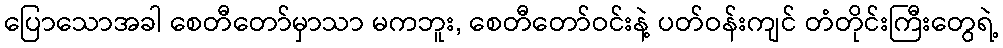
ပြောသောအခါ စေတီတော်မှာသာ မကဘူး, စေတီတော်ဝင်းနဲ့ ပတ်ဝန်းကျင် တံတိုင်းကြီးတွေရဲ့